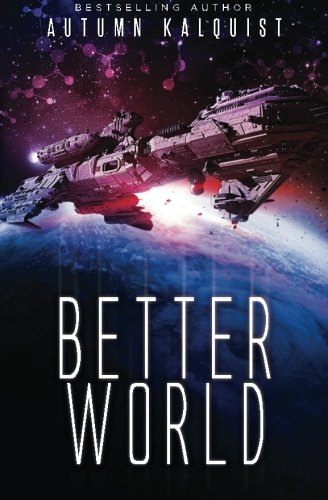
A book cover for Better World: A Legacy Code Prequel (Fractured Era Series) (Volume 1); Autumn Kalquist; Science Fiction & Fantasy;